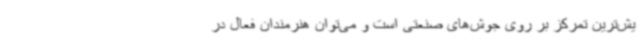
یش‌ترین تمرکز بر روی جوش‌های صنعتی است و می‌توان هنرمندان فعال در